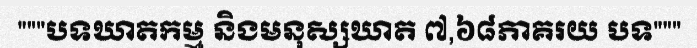
"""បទឃាតកម្ម និងមនុស្សឃាត ៧,៦៨ភាគរយ បទ"""